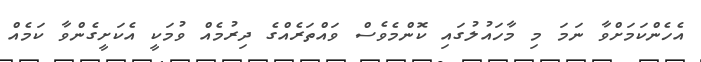
އެހެންކަމަށްވާ ނަމަ މި މާހައުލުގައި ކޮންމެވެސް ވައްތަރެއްގެ ދިރުމެއް ވުމަކީ އެކަށީގެންވާ ކަމެއް